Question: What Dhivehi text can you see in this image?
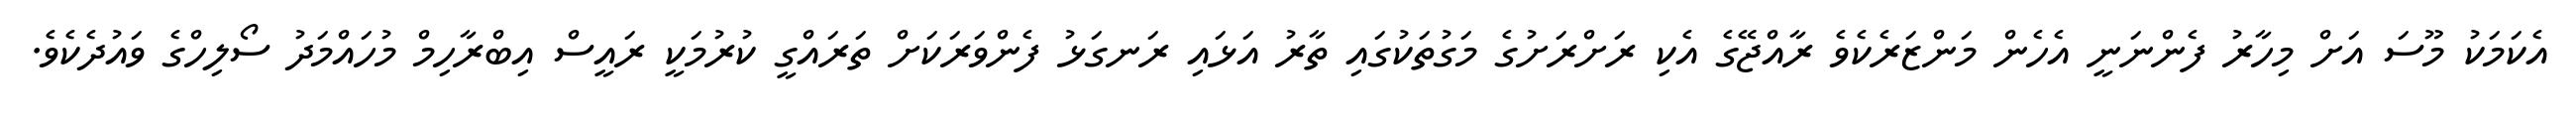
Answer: އެކަމަކު މޫސަ އަށް މިހާރު ފެންނަނީ އެހެން މަންޒަރެކެވެ ރާއްޖޭގެ އެކި ރަށްރަށުގެ މަގުތަކުގައި ތާރު އަޅައި ރަނގަޅު ފެންވަރަކަށް ތަރައްގީ ކުރުމަކީ ރައީސް އިބްރާހިމް މުހައްމަދު ސޯލިހްގެ ވައުދެކެވެ.